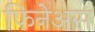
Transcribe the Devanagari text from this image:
फिनेअस